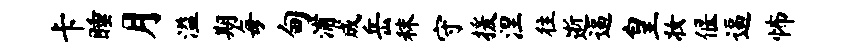
卡睡月溢期每甸浦成岳秣守援涅往逝逼皇妆偃逼怖